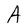
Character: A